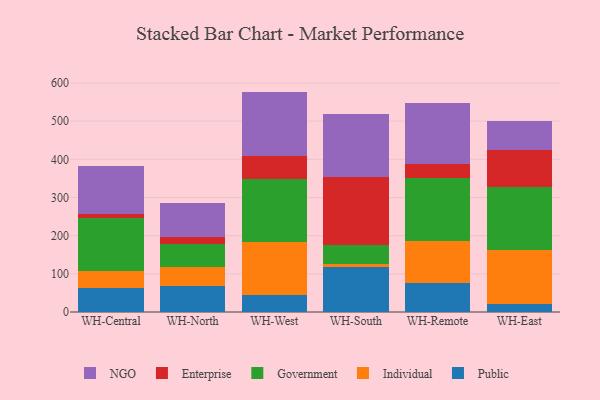
{"axis": {"x": "Warehouse", "y": "LTV (USD)"}, "legend": ["Enterprise", "Government", "Individual", "NGO", "Public"], "data": [{"x": "WH-Central", "y": 62.9, "type": "Public"}, {"x": "WH-Central", "y": 43.6, "type": "Individual"}, {"x": "WH-Central", "y": 138.9, "type": "Government"}, {"x": "WH-Central", "y": 10.1, "type": "Enterprise"}, {"x": "WH-Central", "y": 127.5, "type": "NGO"}, {"x": "WH-North", "y": 69.3, "type": "Public"}, {"x": "WH-North", "y": 48.9, "type": "Individual"}, {"x": "WH-North", "y": 58.8, "type": "Government"}, {"x": "WH-North", "y": 20.0, "type": "Enterprise"}, {"x": "WH-North", "y": 88.6, "type": "NGO"}, {"x": "WH-West", "y": 43.7, "type": "Public"}, {"x": "WH-West", "y": 139.7, "type": "Individual"}, {"x": "WH-West", "y": 164.2, "type": "Government"}, {"x": "WH-West", "y": 62.0, "type": "Enterprise"}, {"x": "WH-West", "y": 167.8, "type": "NGO"}, {"x": "WH-South", "y": 118.9, "type": "Public"}, {"x": "WH-South", "y": 5.9, "type": "Individual"}, {"x": "WH-South", "y": 50.5, "type": "Government"}, {"x": "WH-South", "y": 177.3, "type": "Enterprise"}, {"x": "WH-South", "y": 166.2, "type": "NGO"}, {"x": "WH-Remote", "y": 76.2, "type": "Public"}, {"x": "WH-Remote", "y": 109.4, "type": "Individual"}, {"x": "WH-Remote", "y": 165.4, "type": "Government"}, {"x": "WH-Remote", "y": 37.3, "type": "Enterprise"}, {"x": "WH-Remote", "y": 158.0, "type": "NGO"}, {"x": "WH-East", "y": 21.1, "type": "Public"}, {"x": "WH-East", "y": 142.2, "type": "Individual"}, {"x": "WH-East", "y": 162.9, "type": "Government"}, {"x": "WH-East", "y": 98.4, "type": "Enterprise"}, {"x": "WH-East", "y": 74.9, "type": "NGO"}]}